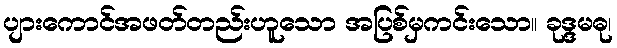
ပျားကောင်အဖတ်တည်းဟူသော အပြစ်မှကင်းသော။ ခုဒ္ဒမဓု၊